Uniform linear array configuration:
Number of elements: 24
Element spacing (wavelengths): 0.25
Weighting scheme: uniform
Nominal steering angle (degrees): -15
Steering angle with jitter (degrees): -15.978
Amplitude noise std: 0.05
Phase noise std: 0.05

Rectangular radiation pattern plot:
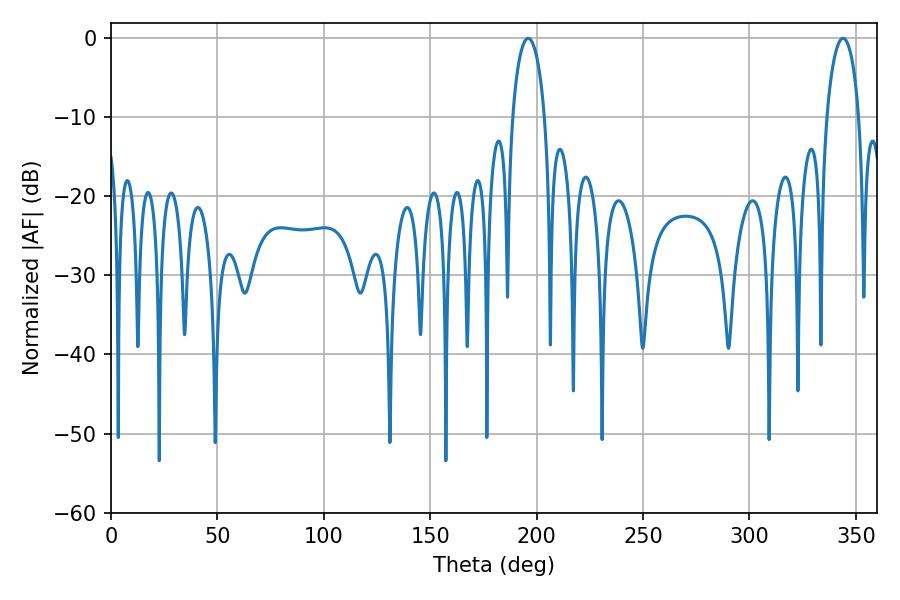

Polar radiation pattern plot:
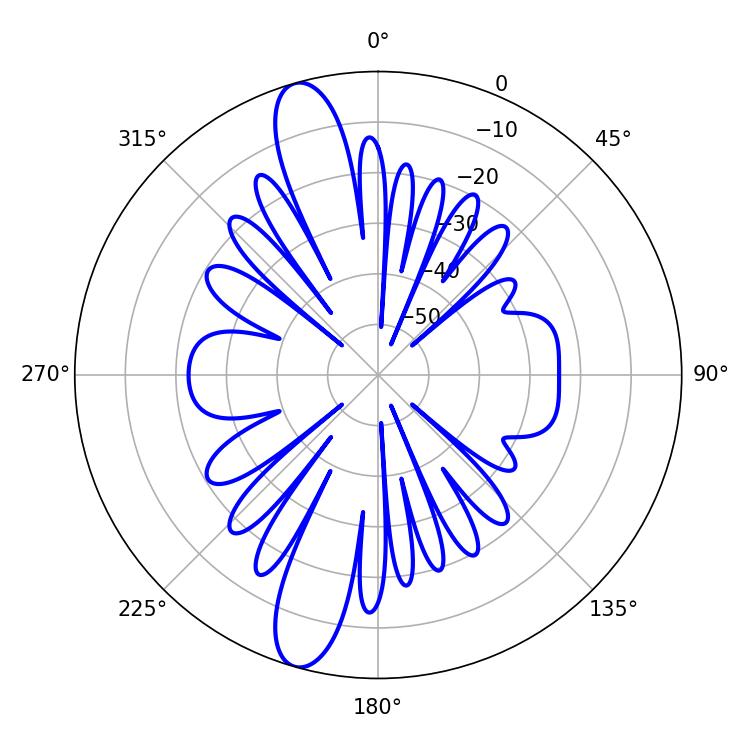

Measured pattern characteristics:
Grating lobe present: FALSE
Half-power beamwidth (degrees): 8.64
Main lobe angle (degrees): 196.02